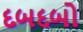
દબદબો